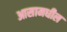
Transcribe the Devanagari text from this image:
आसामधील